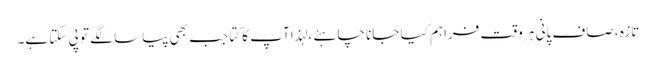
تازہ ، صاف پانی ہر وقت فراہم کیا جانا چاہئے ، لہذا آپ کا کتا جب بھی پیاسا لگے تو پی سکتا ہے۔